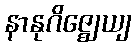
နာနုဂိဇ္ဈေယျ